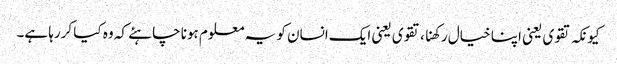
کیونکہ تقوی یعنی اپنا خیال رکھنا، تقوی یعنی ایک انسان کو یہ معلوم ہونا چاہئے کہ وہ کیا کررہا ہے۔